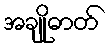
အချိုဓာတ်